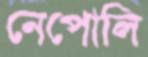
নেপোলি